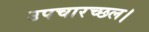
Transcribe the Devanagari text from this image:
उपचारच्छल।